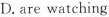
D.are watching